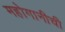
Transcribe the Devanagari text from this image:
महोगानीची